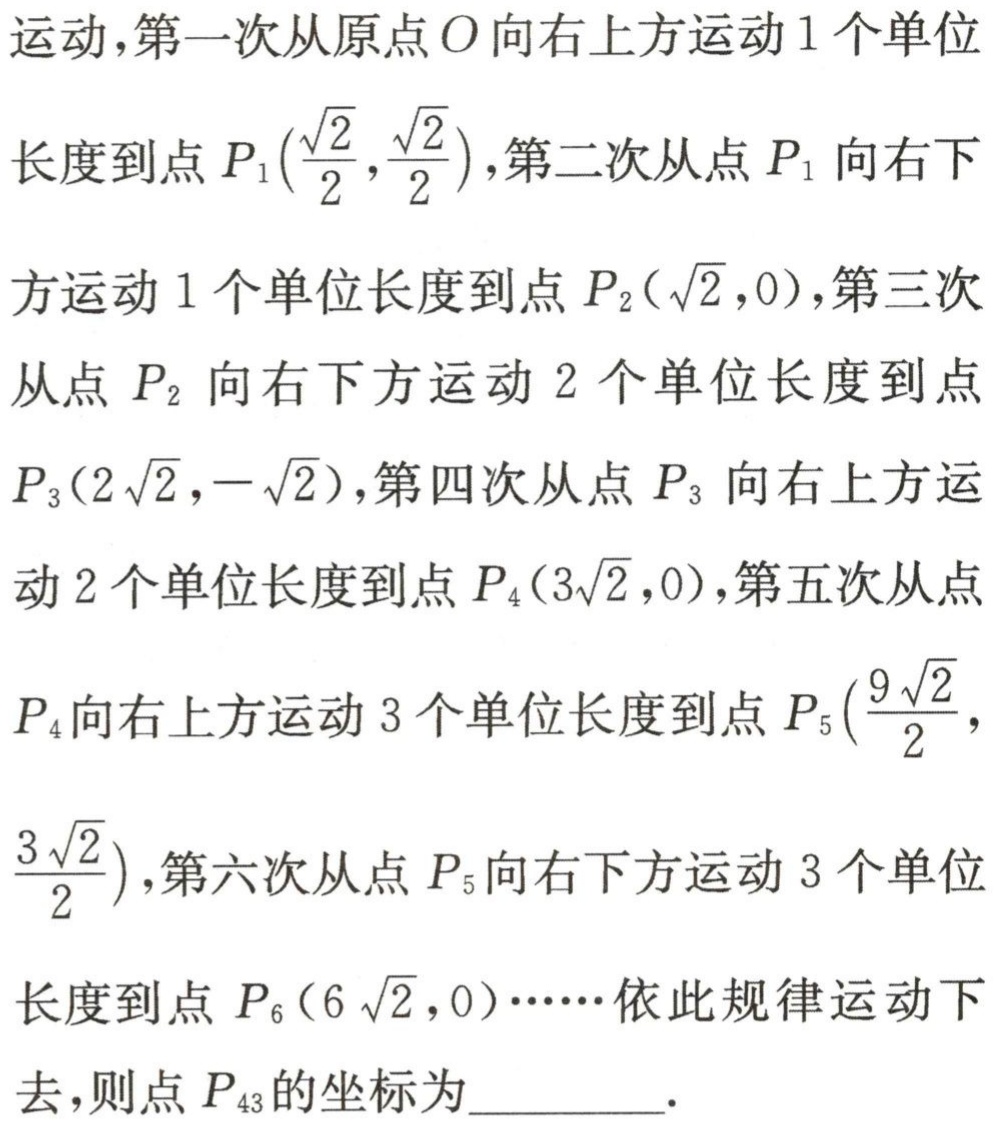
运动,第一次从原点\(O\)向右上方运动\(1\)个单位

长度到点\(P_1(\frac{\sqrt{2}}{2},\frac{\sqrt{2}}{2})\),第二次从点\(P_1\)向右下

方运动\(1\)个单位长度到点\(P_2(\sqrt{2},0)\),第三次

从点\(P_2\)向右下方运动\(2\)个单位长度到点

\(P_3(2\sqrt{2},-\sqrt{2})\),第四次从点\(P_3\)向右上方运

动\(2\)个单位长度到点\(P_4(3\sqrt{2},0)\),第五次从点

\(P_4\)向右上方运动\(3\)个单位长度到点\(P_5(\frac{9\sqrt{2}}{2},

\frac{3\sqrt{2}}{2})\),第六次从点\(P_5\)向右下方运动\(3\)个单位

长度到点\(P_6(6\sqrt{2},0)\cdots\cdots\)依此规律运动下

去,则点\(P_{43}\)的坐标为_________.